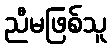
ညီမဖြစ်သူ